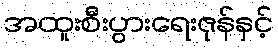
အထူးစီးပွားရေးဇုန်နှင့်